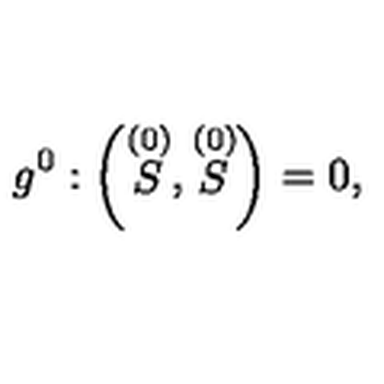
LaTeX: g ^ { 0 } : \left( \stackrel { ( 0 ) } { S } , \stackrel { ( 0 ) } { S } \right) = 0 ,